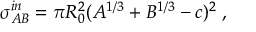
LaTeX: \sigma _ { A B } ^ { i n } = \pi R _ { 0 } ^ { 2 } ( A ^ { 1 / 3 } + B ^ { 1 / 3 } - c ) ^ { 2 } \; ,